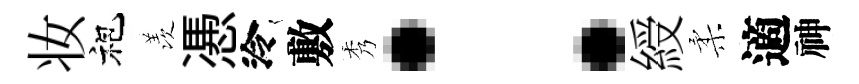
妆袍羡慿泠敷秀：綬柔適神